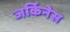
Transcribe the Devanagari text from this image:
जर्किनेस